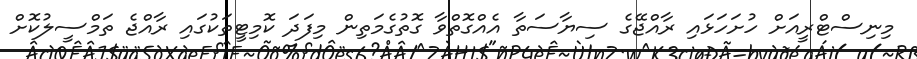
މިނިސްޓްރީއަށް ހުށަހަޅައި ރާއްޖޭގެ ސިޔާސަތާ އެއްގޮތްވާ ގޮތުގެމަތިން މިފަދަ ކޮމިޓީތަކުގައި ރާއްޖެ ތަމްސީލުކޮށް